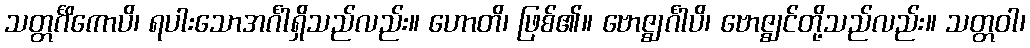
သတ္တင်္ဂိကောပိ၊ ရပါးသောအင်္ဂါရှိသည်လည်း။ ဟောတိ၊ ဖြစ်၏။ ဗောဇ္ဈင်္ဂါပိ၊ ဗောဇ္ဈင်တို့သည်လည်း။ သတ္တဝါ၊